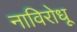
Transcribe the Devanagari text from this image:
नाविरोधू